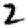
Digit: 2